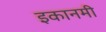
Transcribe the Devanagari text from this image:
इकानमी